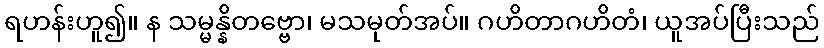
ရဟန်းဟူ၍။ န သမ္မန္နိတဗ္ဗော၊ မသမုတ်အပ်။ ဂဟိတာဂဟိတံ၊ ယူအပ်ပြီးသည်